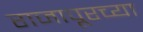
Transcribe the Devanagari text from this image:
राजापूरच्या